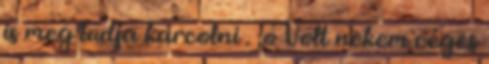
is meg tudja karcolni . ;o Volt nekem céges